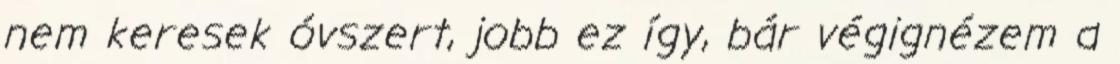
nem keresek óvszert, jobb ez így, bár végignézem a